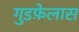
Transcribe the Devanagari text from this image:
गुडफ़ेलास